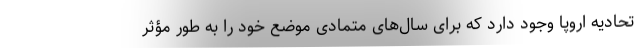
تحادیه اروپا وجود دارد که برای سال‌های متمادی موضع خود را به طور مؤثر